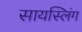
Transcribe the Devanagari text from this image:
सायस्लिंग